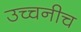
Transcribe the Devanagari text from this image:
उच्चनीच